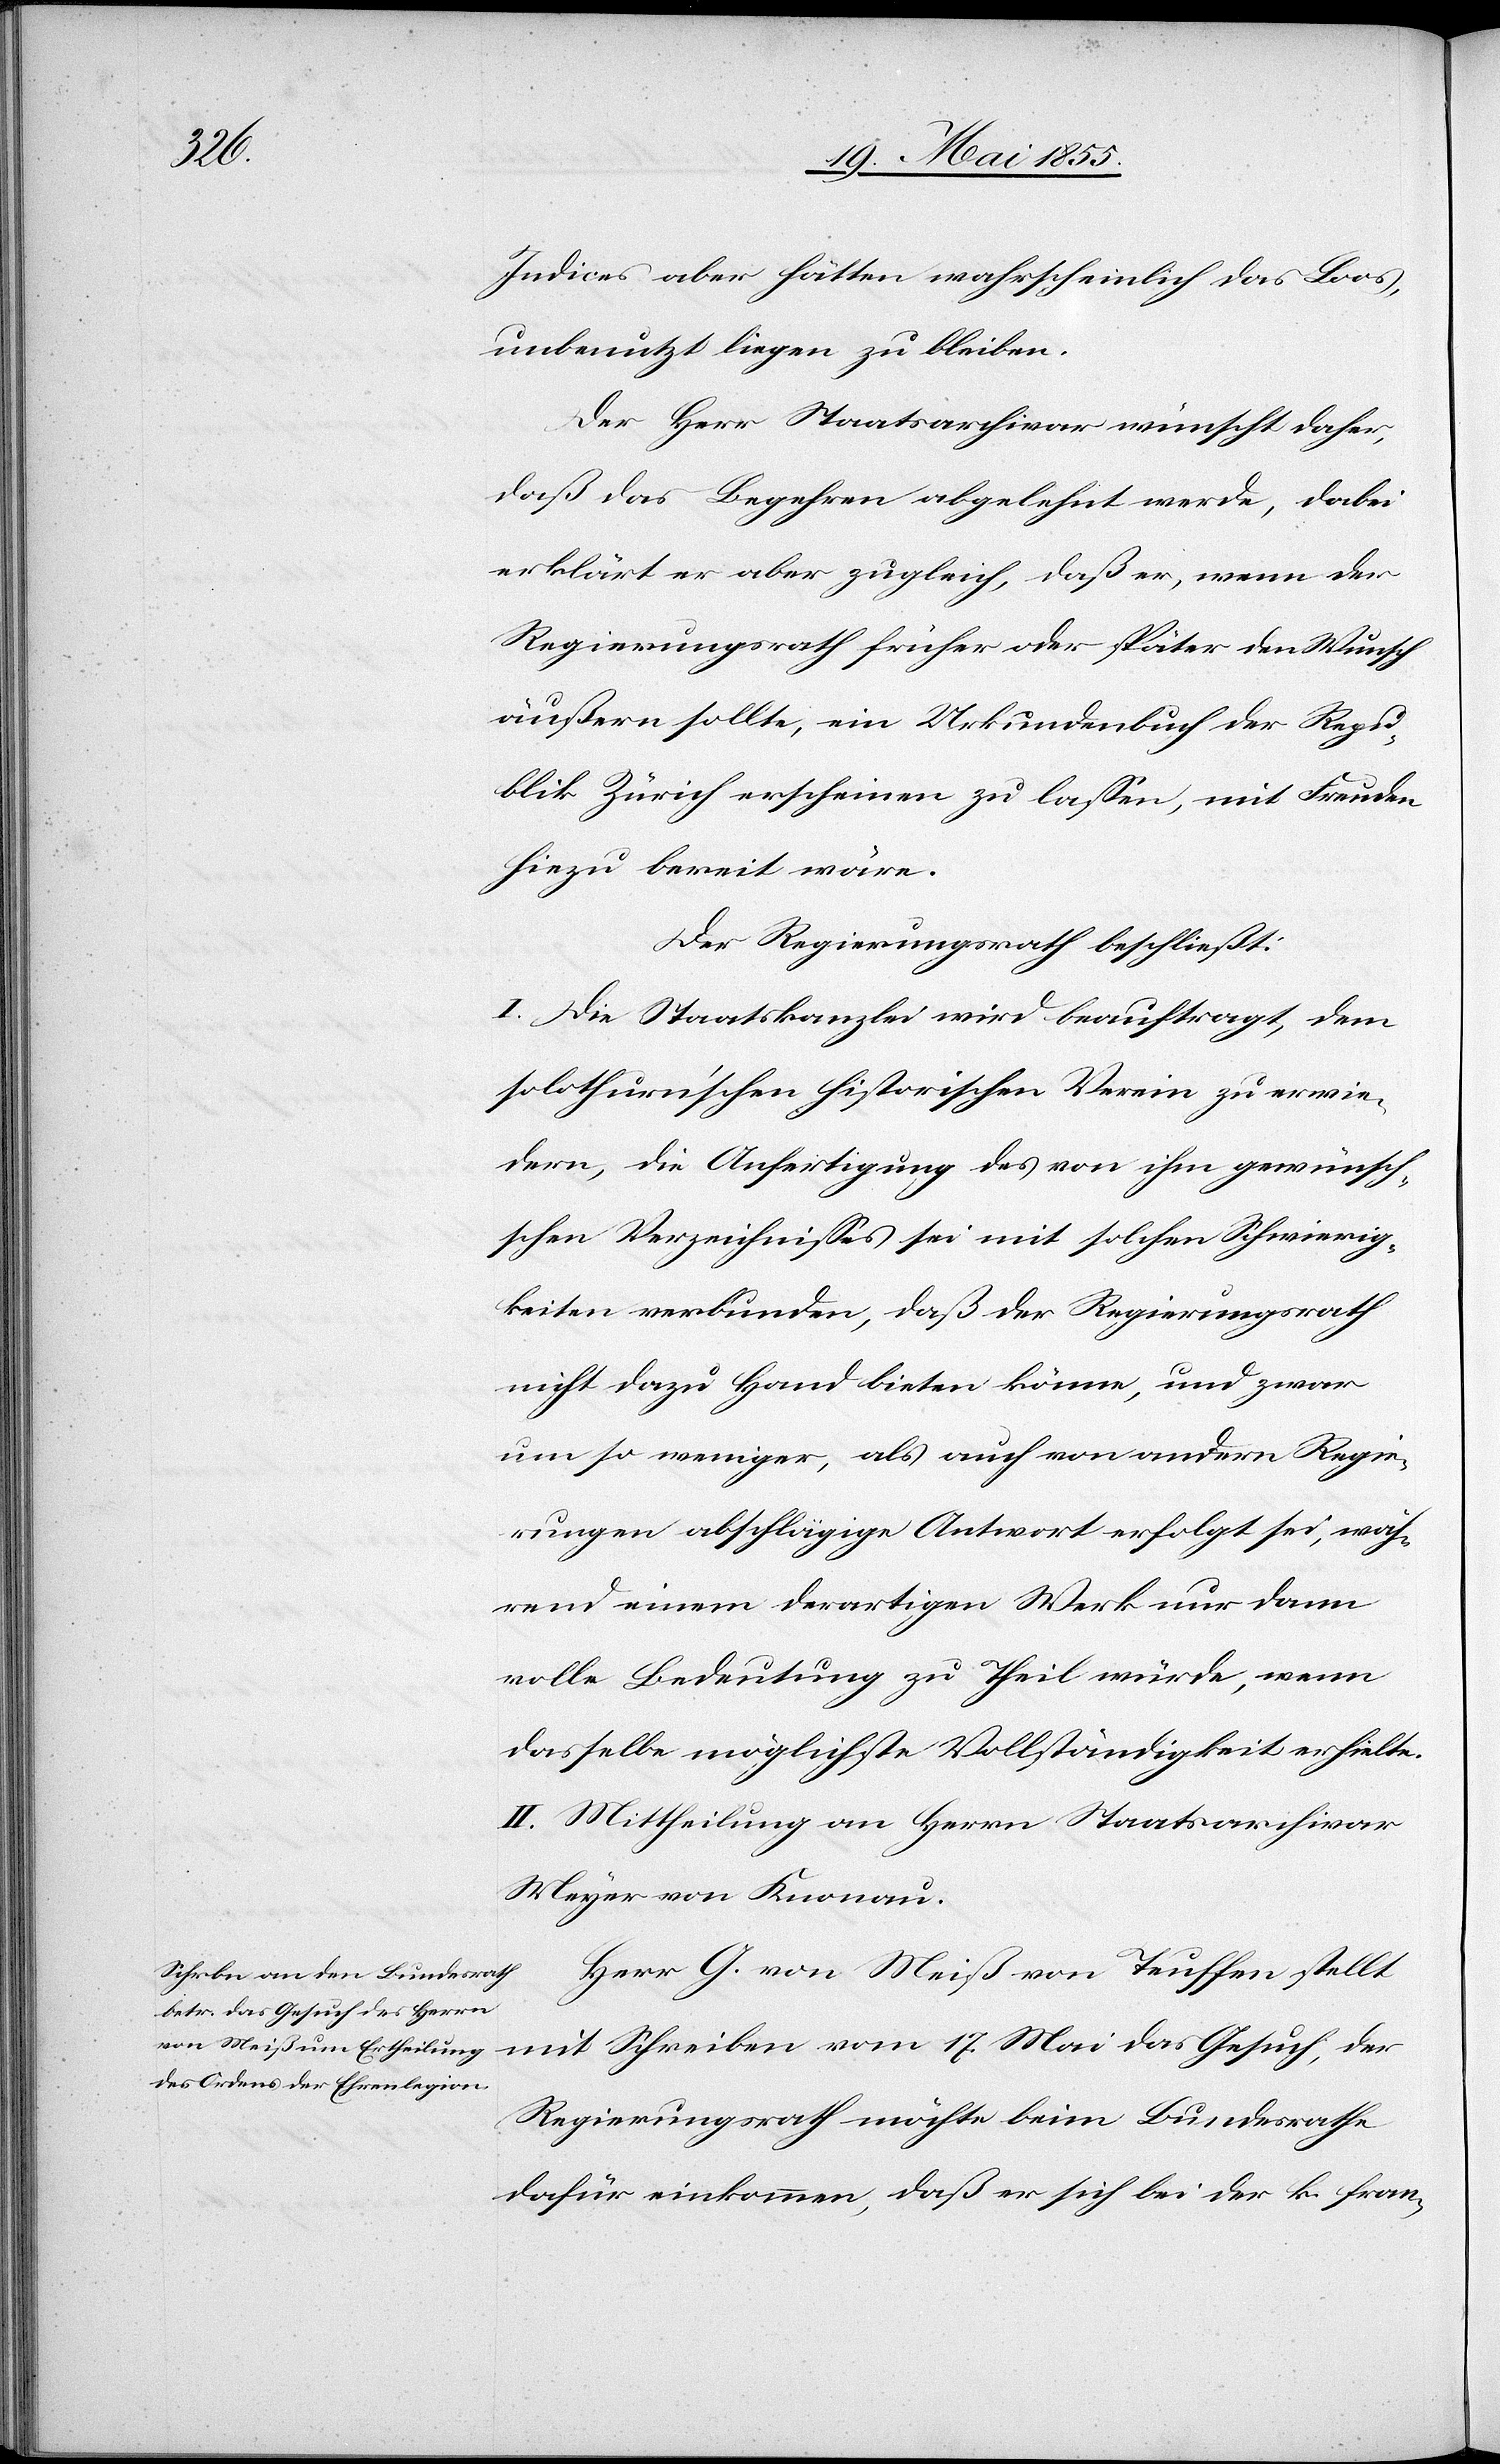
Indices aber hätten wahrscheinlich das Loos,
unbenutzt liegen zu bleiben.
Der Herr Staatsarchivar wünscht daher,
daß das Begehren abgelehnt werde, dabei
erklärt er aber zugleich, daß er, wenn der
Regierungsrath früher oder später den Wunsch
äußern sollte, ein Urkundenbuch der Repu¬
blik Zürich erscheinen zu lassen, mit Freuden
hiezu bereit wäre.
Der Regierungsrath beschließt:
I. Die Staatskanzlei wird beauftragt, dem
solothurn’schen historischen Verein zu erwie¬
dern, die Anfertigung des von ihm gewüns¬
chten Verzeichnisses sei mit solchen Schwierig¬
keiten verbunden, daß der Regierungsrath
nicht dazu Hand bieten könne, und zwar
um so weniger, als auch von andern Regie¬
rungen abschlägige Antwort erfolgt sei, wäh¬
rend einem derartigen Werk nur dann
volle Bedeutung zu Theil würde, wenn
dasselbe möglichste Vollständigkeit erhielte.
II. Mittheilung an Herrn Staatsarchivar
Meyer von Knonau.
Herr G. von Meiß von Teuffen stellt
mit Schreiben vom 17. Mai das Gesuch, der
Regierungsrath möchte beim Bundesrathe
dafür einkommen, daß er sich bei der k. fran-